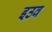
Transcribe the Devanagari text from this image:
इउव